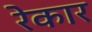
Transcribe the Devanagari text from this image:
रेकार